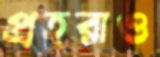
প্রহরাও